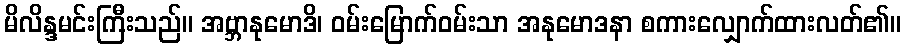
မိလိန္ဒမင်းကြီးသည်။ အဗ္ဘာနုမောဒိ၊ ဝမ်းမြောက်ဝမ်းသာ အနုမောဒနာ စကားလျှောက်ထားလတ်၏။